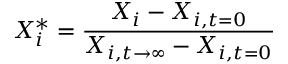
X _ { i } ^ { * } = \frac { X _ { i } - X _ { i , t = 0 } } { X _ { i , t \rightarrow \infty } - X _ { i , t = 0 } }